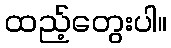
ထည့်တွေးပါ။